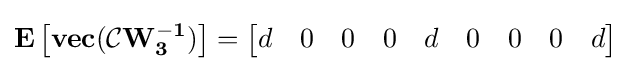
\mathbf {\mathbf {E} \left[vec({\mathcal {C}}W_{3}^{-1})\right]} ={\begin{bmatrix}d&0&0&0&d&0&0&0&d\\\end{bmatrix}}